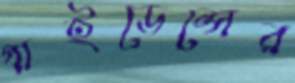
গাইডেন্সের